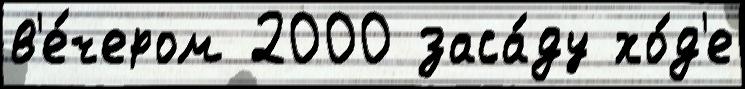
в'е́чером 2000 заса́ду хо́д'е